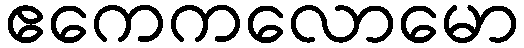
ဧကေကလောမော